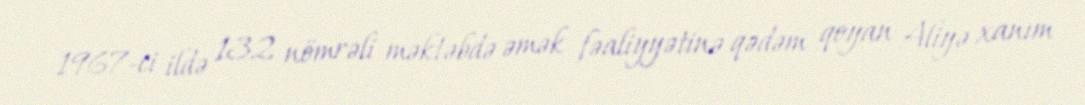
1967-ci ildə 132 nömrəli məktəbdə əmək fəaliyyətinə qədəm qoyan Aliyə xanım